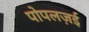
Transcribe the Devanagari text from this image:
पोपलज़ई